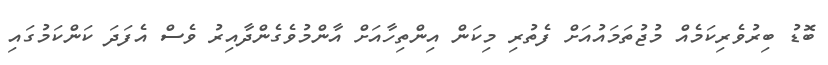
ބޮޑު ބިރުވެރިކަމެއް މުޖުތަމައުއަށް ފެތުރި މިކަން އިންތިހާއަށް އާންމުވެގެންދާއިރު ވެސް އެފަދަ ކަންކަމުގައި